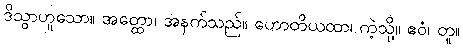
ဒိသွာဟူသော။ အတ္ထော၊ အနက်သည်။ ဟောတိယထာ၊ ကဲ့သို့။ ဧဝံ၊ တူ။